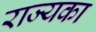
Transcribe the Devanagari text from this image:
राज्यका